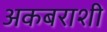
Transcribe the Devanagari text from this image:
अकबराशी